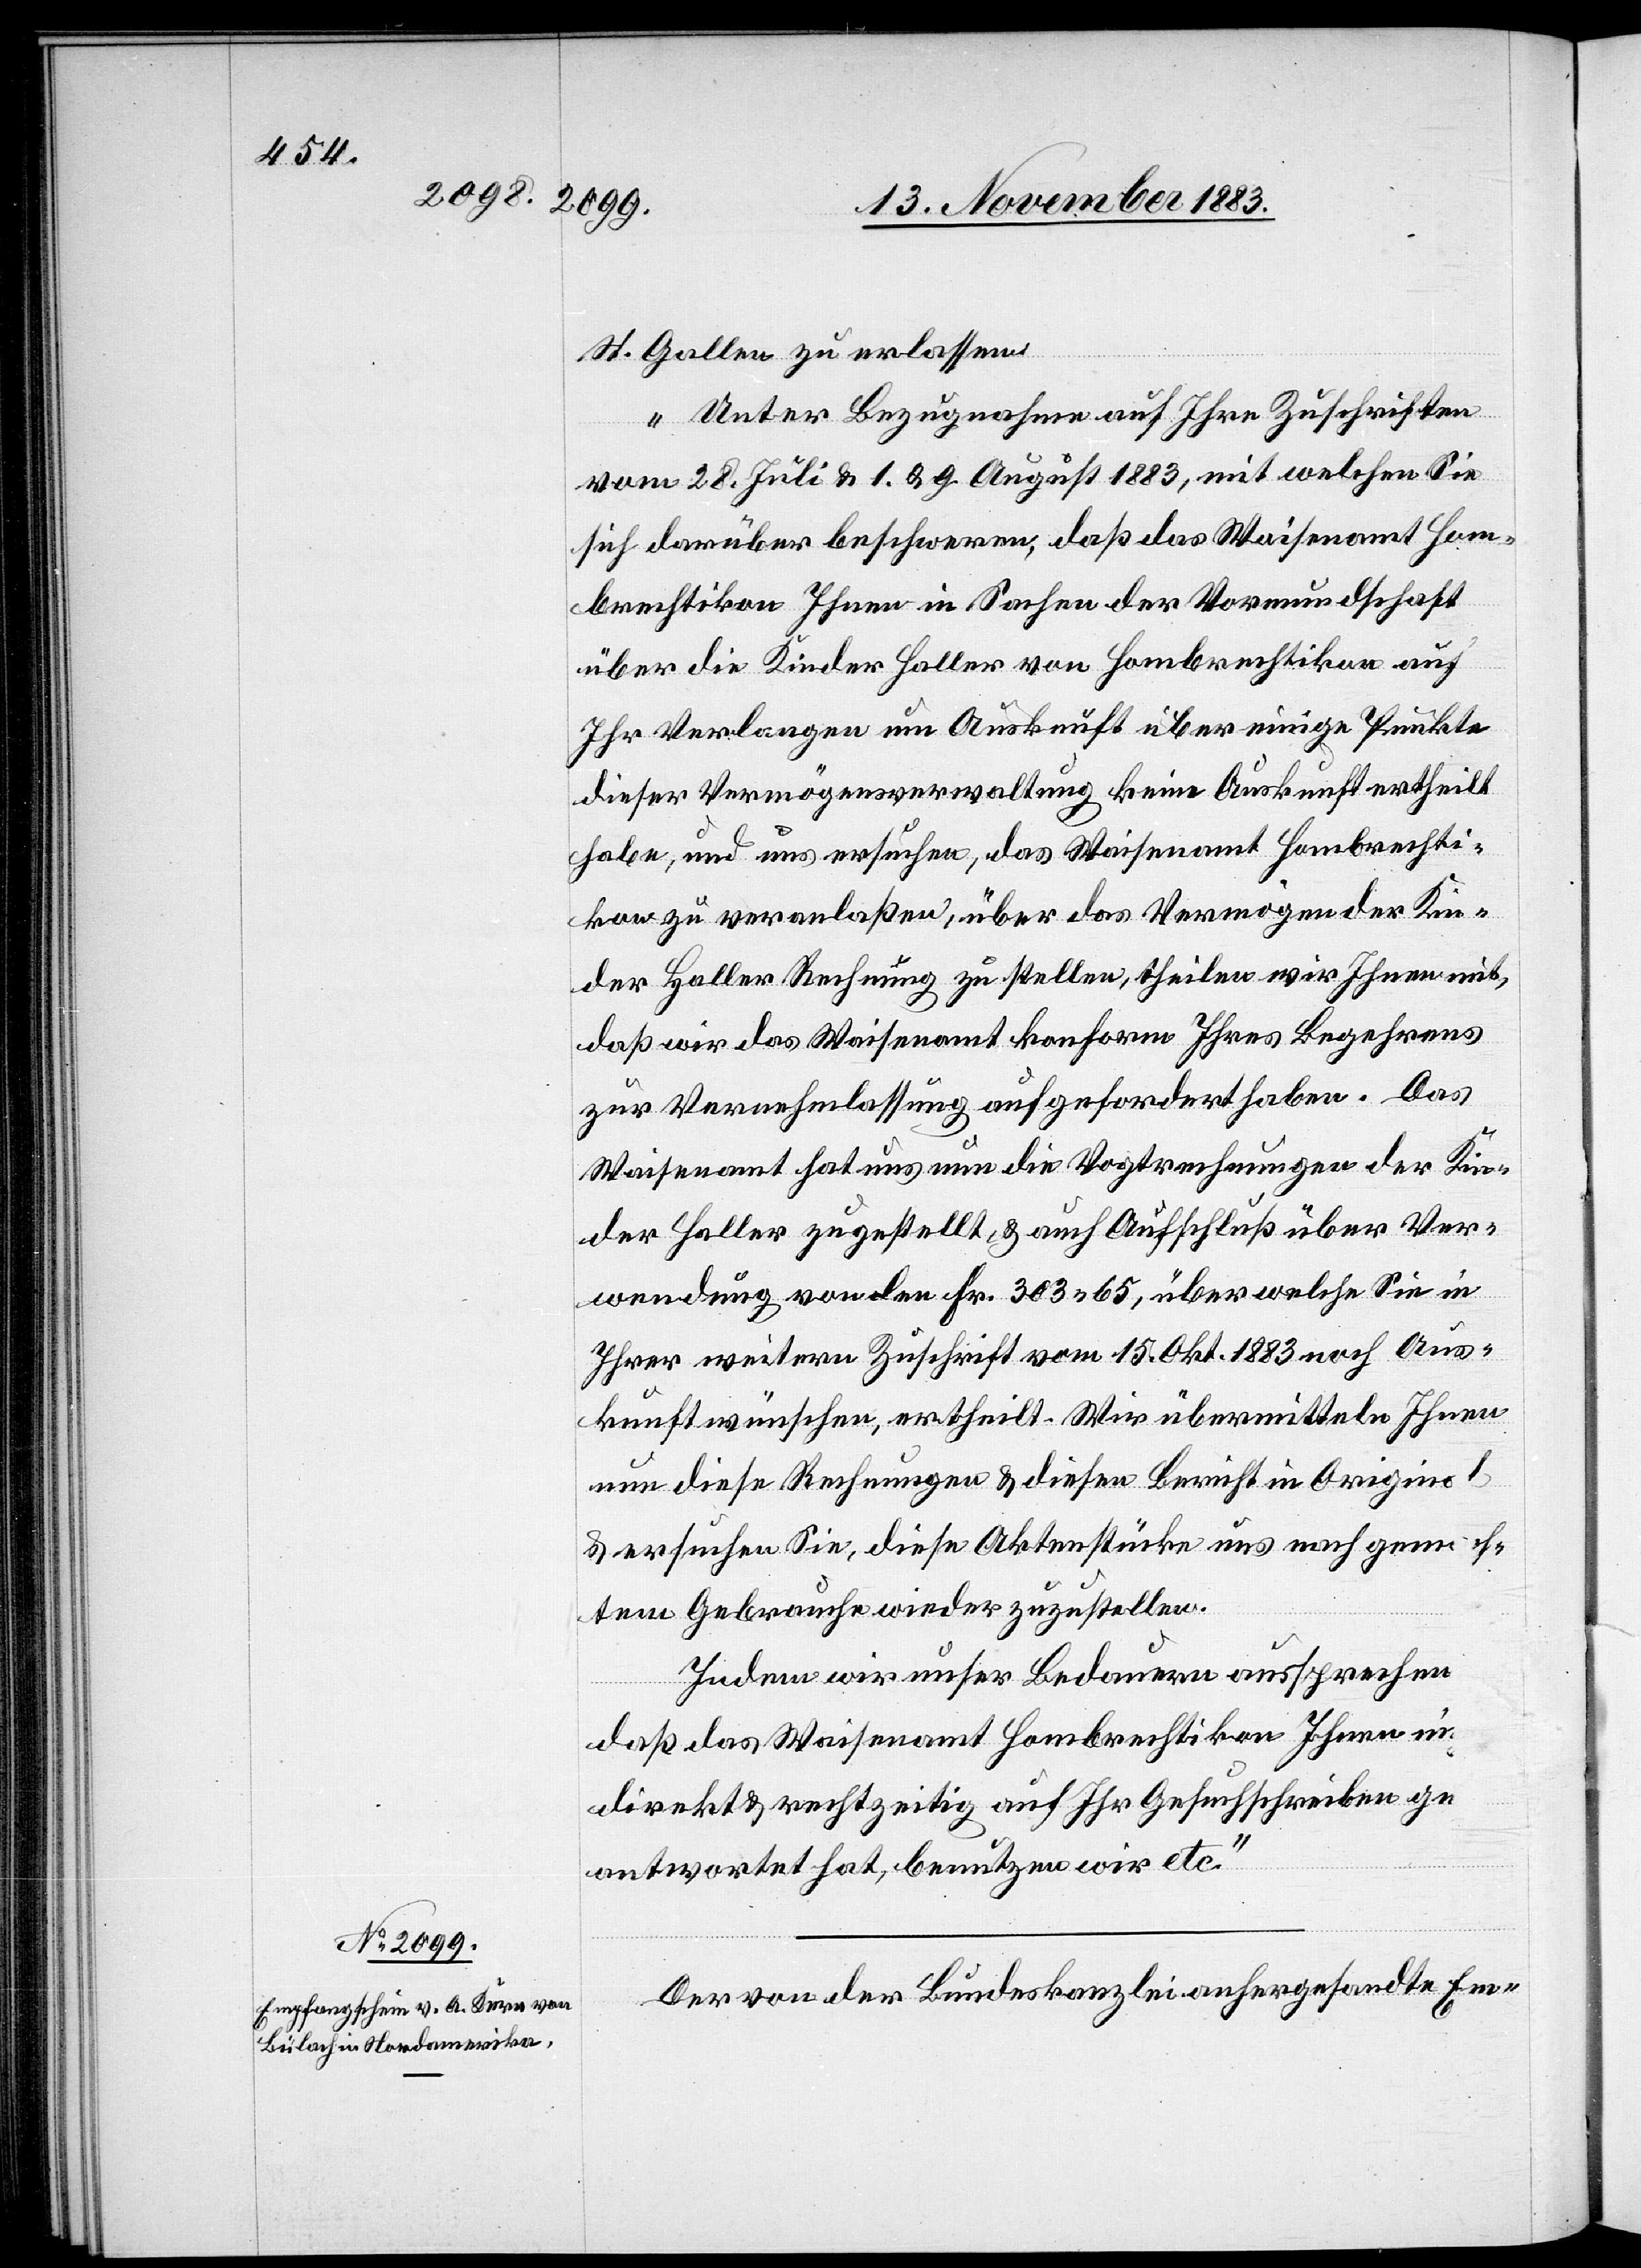
St. Gallen zu erlassen:
„Unter Bezugnahme auf Ihre Zuschriften
vom 28. Juli & 1. & 9. August 1883, mit welchen Sie
sich darüber beschweren, daß das Waisenamt Hom¬
brechtikon auf Ihr Verlangen um Auskunft über einige Punkte
dieser Vermögensverwaltung keine Auskunft ertheilt
habe, und uns ersuchen, das Waisenamt Hombrechti¬
kon zu veranlaßen, über das Vermögen der Kin¬
der Haller Rechnung zu stellen, theilen wir Ihnen mit,
daß wir das Waisenamt konform Ihres Begehrens
zur Vernehmlassung aufgefordert haben. Das
Waisenamt hat nun die Vogtrechnungen der Kin¬
der Haller zugestellt, & auch Aufschluß über Ver¬
wendung von den Fr. 303 65, über welche Sie in
Ihrer weitern Zuschrift vom 15. Okt. 1883 noch Aus¬
kunft wünschen, ertheilt. Wir übermitteln Ihnen
nun diese Rechnungen & diesen Bericht in Original
& ersuchen Sie, diese Aktenstücke uns nach gemach¬
tem Gebrauche wieder zuzustellen.
Indem wir unser Bedauern aussprechen
daß das Waisenamt Hombrechtikon Ihnen nicht
direkt & rechtzeitig auf Ihr Gesuchschreiben ge¬
antwortet hat, benutzen wir etc.“
Der von der Bundeskanzlei anhergesandte Em-